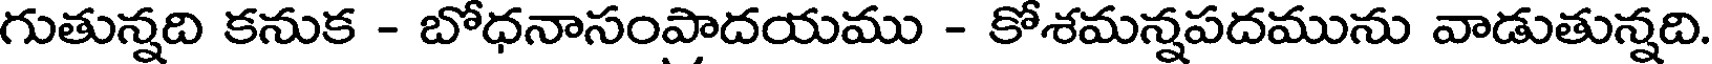
గుతున్నది కనుక - బోధనాసంపాదయము - కోశమన్నపదమును వాడుతున్నది